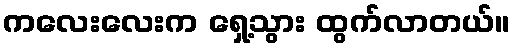
ကလေးလေးက ရှေ့သွား ထွက်လာတယ်။